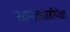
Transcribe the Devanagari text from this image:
सामंतशाहीपेक्षा